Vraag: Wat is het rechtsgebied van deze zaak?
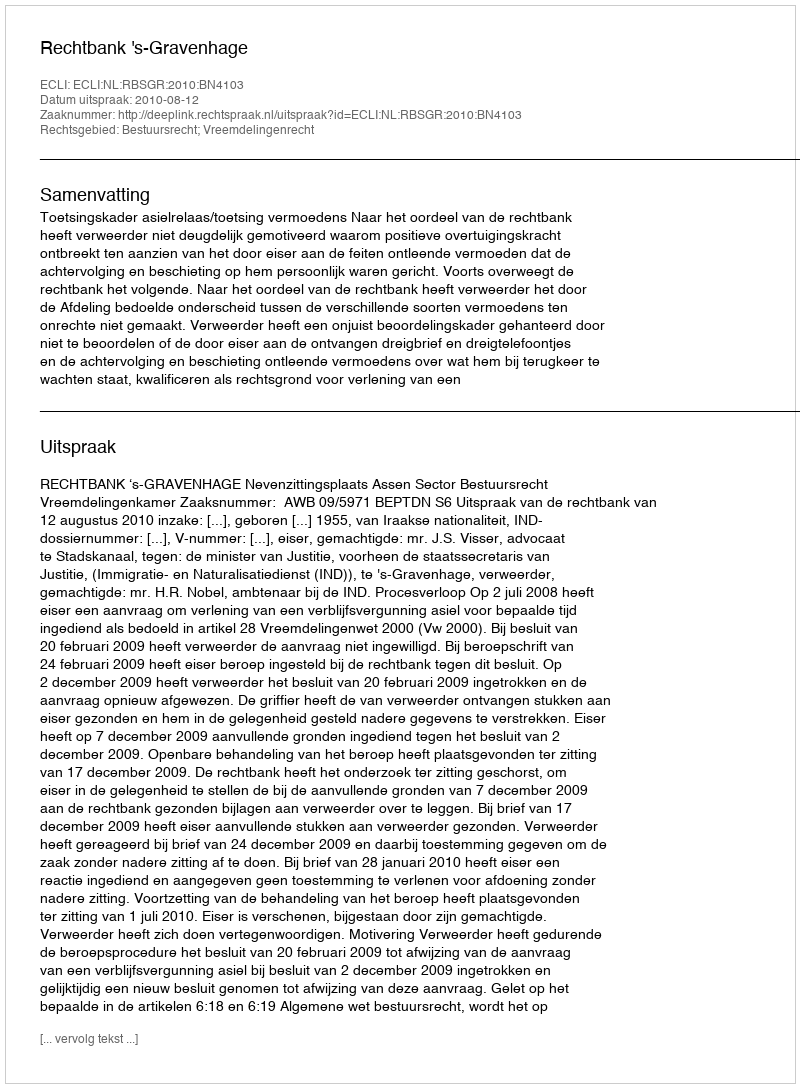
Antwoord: Bestuursrecht; Vreemdelingenrecht